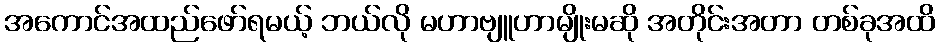
အကောင်အထည်ဖော်ရမယ့် ဘယ်လို မဟာဗျူဟာမျိုးမဆို အတိုင်းအတာ တစ်ခုအထိ